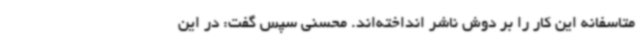
متاسفانه این کار را بر دوش ناشر انداخته‌اند. محسنی سپس گفت: در این